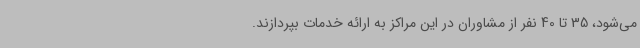
می‌شود، 35 تا 40 نفر از مشاوران در این مراکز به ارائه خدمات بپردازند.